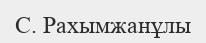
С. Рахымжанұлы